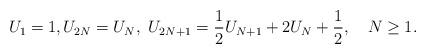
LaTeX: \begin{align*}U_1=1, U_{2N}=U_N,\ U_{2N+1}=\frac{1}{2}U_{N+1}+2U_N+\frac{1}{2}, \ \ \ N\ge 1.\end{align*}